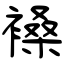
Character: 褬